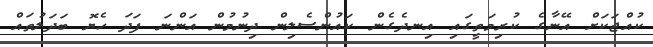
ކުއްޖަކަށް އޭނާގެ ކުރިމަތީގައި އިނދެގެން ކައުންސެލިން ދިނުމުން އަންނަ ފަދަ ހެޔޮ ބަދަލުތައް